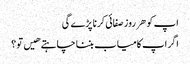
اپ کو هر روز صفائی کرنا پڑے گی
اگر اپ کامیاب بننا چاہتے هیں تو ؟